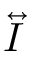
\overleftrightarrow { I }